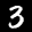
Label: 3